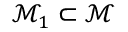
\mathcal { M } _ { 1 } \subset \mathcal { M }